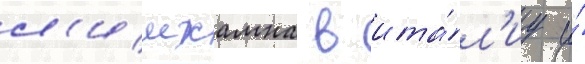
л'имхамна в ита́л'иу и́